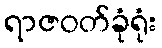
ရာဇဝတ်ခုံရုံး